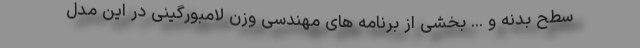
سطح بدنه و ... بخشی از برنامه های مهندسی وزن لامبورگینی در این مدل